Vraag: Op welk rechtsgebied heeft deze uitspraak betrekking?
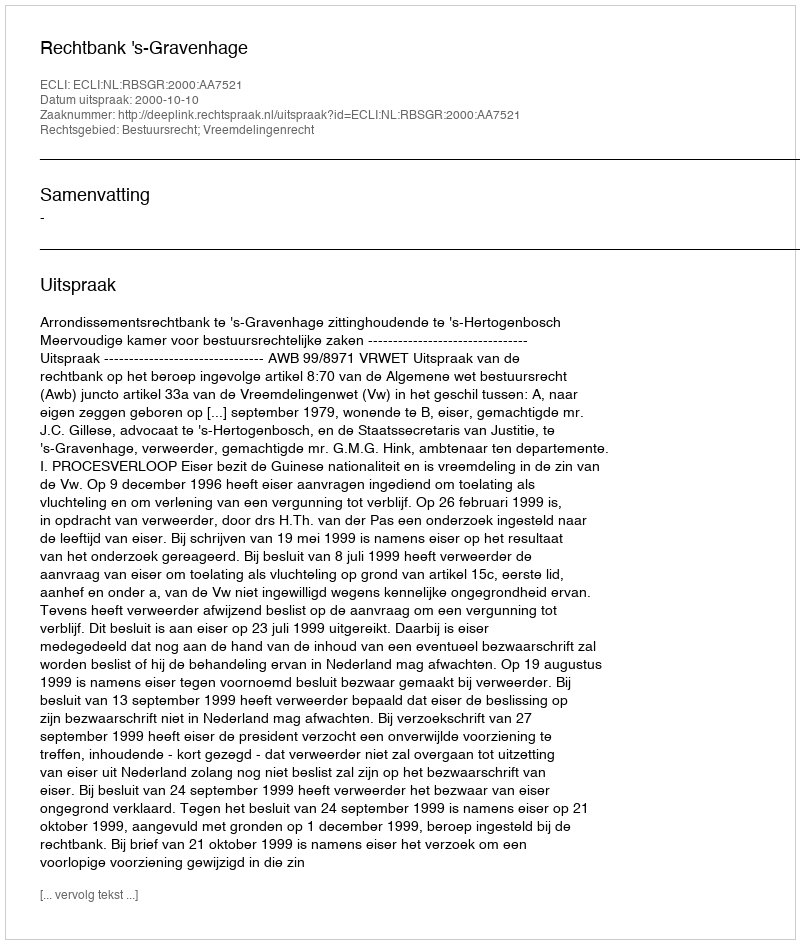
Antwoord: Bestuursrecht; Vreemdelingenrecht